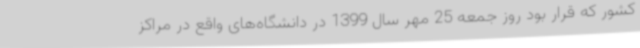
کشور که قرار بود روز جمعه 25 مهر سال 1399 در دانشگاه‌های واقع در مراکز